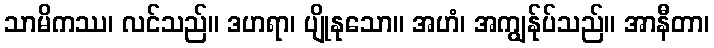
သာမိကဿ၊ လင်သည်။ ဒဟရာ၊ ပျိုနုသော။ အဟံ၊ အကျွန်ုပ်သည်။ အာနီတာ၊